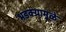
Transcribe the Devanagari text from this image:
भडक्यामुळे